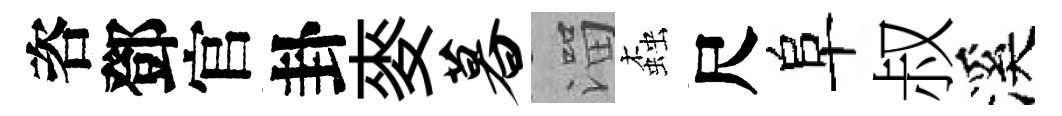
咨鄧官卦麥暮溜螙尺阜叔溪